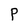
Character: P